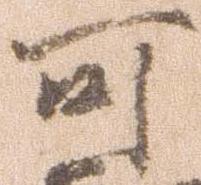
可